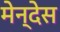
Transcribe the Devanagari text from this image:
मेन्देस